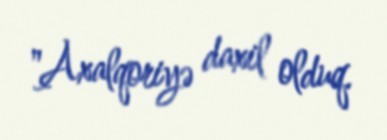
"Axalqoriyə daxil olduq.